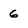
Character: 6